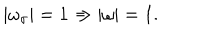
LaTeX: | \omega _ { \sigma } | = 1 \Rightarrow | \omega | = 1 .